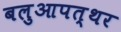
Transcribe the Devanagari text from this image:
बलुआपत्थर